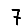
Digit: 7